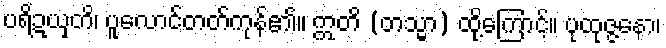
ပရိဍယှတိ၊ ပူလောင်တတ်ကုန်၏။ ဣတိ (တသ္မာ) ထို့ကြောင့်။ ပုထုဇ္ဇနော၊